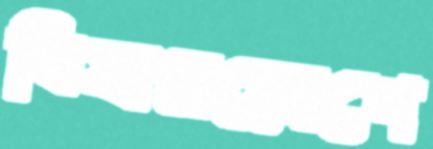
বিষপ্রয়োগে